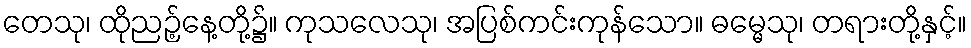
တေသု၊ ထိုညဉ့်နေ့တို့၌။ ကုသလေသု၊ အပြစ်ကင်းကုန်သော။ ဓမ္မေသု၊ တရားတို့နှင့်။